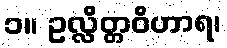
၁။ ဥလ္လိတ္တဝိဟာရ၊